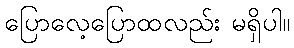
ပြောလေ့ပြောထလည်း မရှိပါ။